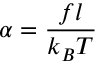
\alpha = { \frac { f l } { k _ { B } T } }